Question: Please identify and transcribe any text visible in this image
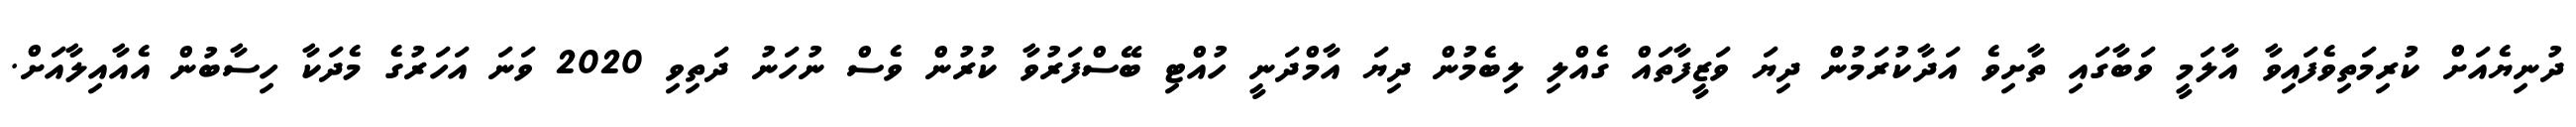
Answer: ދުނިޔެއަށް ކުރިމަތިވެފައިވާ އާލަމީ ވަބާގައި ތާށިވެ އަދާކުރަމުން ދިޔަ ވަޒީފާތައް ގެއްލި ލިބެމުން ދިޔަ އާމްދަނީ ހުއްޓި ބޭސްފަރުވާ ކުރުން ވެސް ނުހަނު ދަތިވި 2020 ވަނަ އަހަރުގެ މެދަކާ ހިސާބުން އެއާއިލާއަށް.